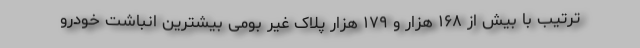
ترتیب با بیش از ۱۶۸ هزار و ۱۷۹ هزار پلاک غیر بومی بیشترین انباشت خودرو